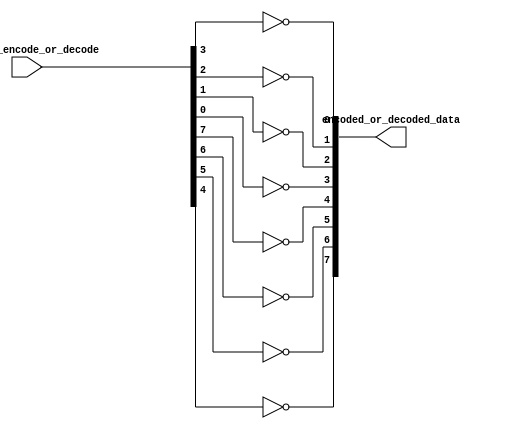


module Encoder_Decoder3(
  input [7:0] data_to_encode_or_decode ,
  output [7:0] encoded_or_decoded_data
	);
  
  
  // Third  option to encode/decode
  
  // Flip the first 4
  assign 	encoded_or_decoded_data[0] = 	~ data_to_encode_or_decode[3];
  assign 	encoded_or_decoded_data[1] = 	~ data_to_encode_or_decode[2];
  assign 	encoded_or_decoded_data[2] = 	~ data_to_encode_or_decode[1];
  assign 	encoded_or_decoded_data[3] = 	~ data_to_encode_or_decode[0];
  
  
  // Flip the last 4
  assign 	encoded_or_decoded_data[4] = 	~ data_to_encode_or_decode[7];
  assign 	encoded_or_decoded_data[5] = 	~ data_to_encode_or_decode[6];
  assign 	encoded_or_decoded_data[6] = 	~ data_to_encode_or_decode[5];
  assign 	encoded_or_decoded_data[7] = 	~ data_to_encode_or_decode[4];
  
         
                        
endmodule